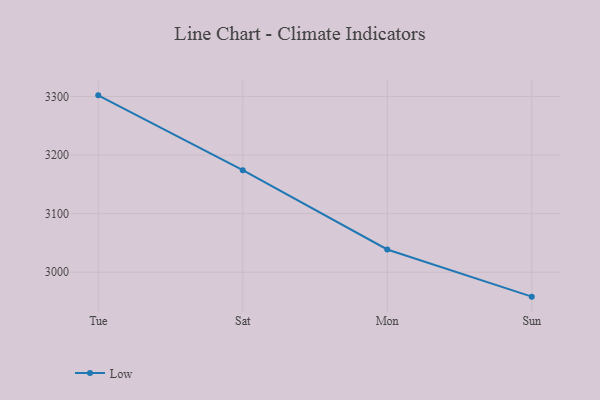
{"axis": {"x": "Day", "y": "Churn Rate (%)"}, "legend": ["Low"], "data": [{"x": "Tue", "y": 3301.9, "type": "Low"}, {"x": "Sat", "y": 3174.3, "type": "Low"}, {"x": "Mon", "y": 3038.9, "type": "Low"}, {"x": "Sun", "y": 2958.4, "type": "Low"}]}